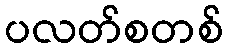
ပလတ်စတစ်